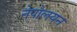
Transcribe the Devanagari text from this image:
नेपोलयन